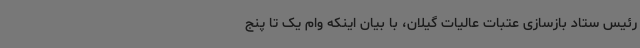
رئیس ستاد بازسازی عتبات عالیات گیلان، با بیان اینکه وام یک تا پنج